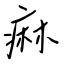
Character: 痲